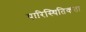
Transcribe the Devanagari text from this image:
पारिस्थितिकता